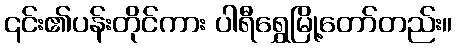
၎င်း၏ပန်းတိုင်ကား ပါရီရွှေမြို့တော်တည်း။